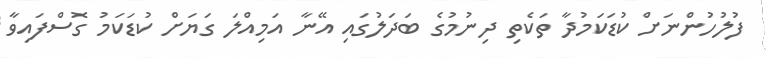
ފުލުހުންނަށް ކުޑަކަމުދާ ތަކެތި ދިނުމުގެ ބަދަލުގައި އޭނާ އަމިއްލަ ގަޔަށް ކުޑަކަމު ގޮސްފައިވާ